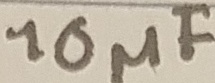
Text: 10µF